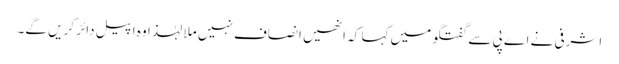
اشرفی نے اے پی سے گفتگو میں کہا کہ انھیں انصاف نہیں ملا لہٰذا وہ اپیل دائر کریں گے۔